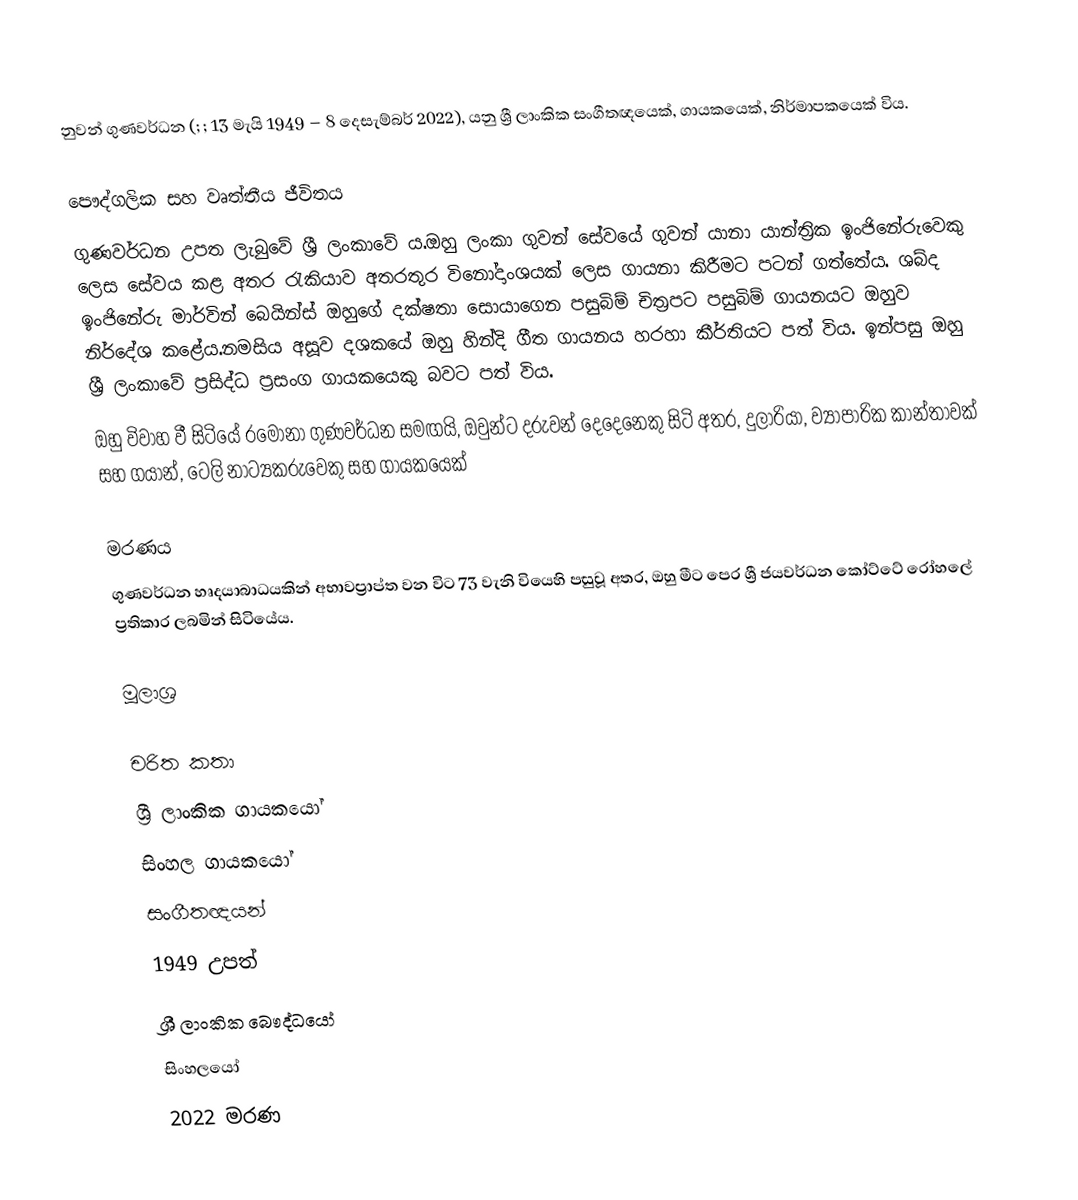
නුවන් ගුණවර්ධන (; ; 13 මැයි 1949 – 8 දෙසැම්බර් 2022), යනු ශ්‍රී ලාංකික සංගීතඥයෙක්, ගායකයෙක්, නිර්මාපකයෙක් විය.

පෞද්ගලික සහ වෘත්තීය ජීවිතය
ගුණවර්ධන උපත ලැබුවේ ශ්‍රී ලංකාවේ ය.ඔහු ලංකා ගුවන් සේවයේ ගුවන් යානා යාන්ත්‍රික ඉංජිනේරුවෙකු ලෙස සේවය කළ අතර රැකියාව අතරතුර විනෝදාංශයක් ලෙස ගායනා කිරීමට පටන් ගත්තේය. ශබ්ද ඉංජිනේරු මාර්වින් බෙයින්ස් ඔහුගේ දක්ෂතා සොයාගෙන පසුබිම් චිත්‍රපට පසුබිම් ගායනයට ඔහුව නිර්දේශ කළේය.නමසිය අසූ‍ව දශකයේ ඔහු හින්දි ගීත ගායනය හරහා කීර්තියට පත් විය. ඉන්පසු ඔහු ශ්‍රී ලංකාවේ ප්‍රසිද්ධ ප්‍රසංග ගායකයෙකු බවට පත් විය.
ඔහු විවාහ වී සිටියේ රමෝනා ගුණවර්ධන සමඟයි, ඔවුන්ට දරුවන් දෙදෙනෙකු සිටි අතර, දුලාරියා, ව්‍යාපාරික කාන්තාවක් සහ ගයාන්, ටෙලි නාට්‍යකරුවෙකු සහ ගායකයෙක්

මරණය
ගුණවර්ධන හෘදයාබාධයකින් අභාවප්‍රාප්ත වන විට 73 වැනි වියෙහි පසුවූ අතර, ඔහු මීට පෙර ශ්‍රී ජයවර්ධන කෝට්ටේ රෝහලේ ප්‍රතිකාර ලබමින් සිටියේය.

මූලාශ්‍ර

චරිත කතා
ශ්‍රී ලාංකික ගායකයෝ
සිංහල ගායකයෝ
සංගීතඥයන්
1949 උපත්
ශ්‍රී ලාංකික බෞද්ධයෝ
සිංහලයෝ
2022 මරණ